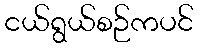
ငယ်ရွယ်စဉ်ကပင်